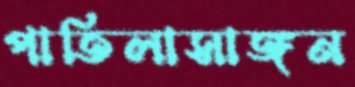
পাতিলাসাঙ্গন